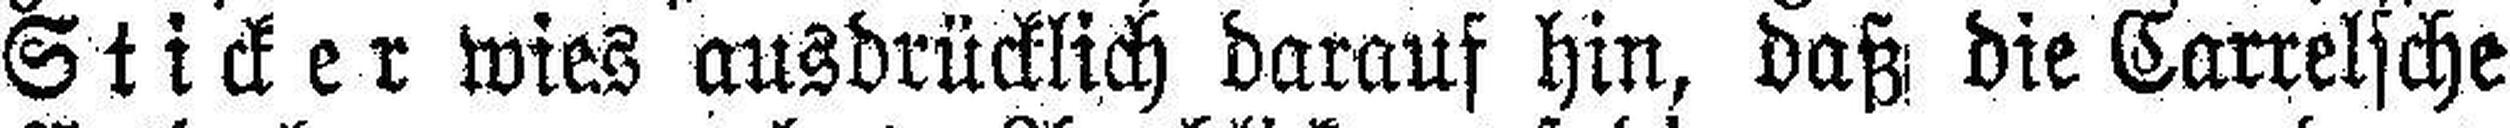
Sticker wies ausdrücklich darauf hin, daß die Carrelsche